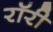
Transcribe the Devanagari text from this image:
रॉरी